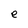
Character: e